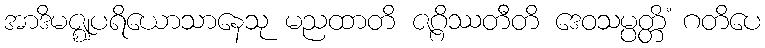
အာဒိမဇ္ဈပရိယောသာနေသု မညထာတိ ဇဂ္ဂိဿတီတိ ဒေဝသမ္ပတ္တိံ ဂတိပေ